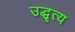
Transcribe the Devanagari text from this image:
उद्धृत्य